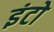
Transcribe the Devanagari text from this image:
इंटो